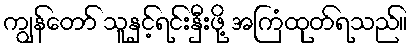
ကျွန်တော် သူနှင့်ရင်းနှီးဖို့ အကြံထုတ်ရသည်။